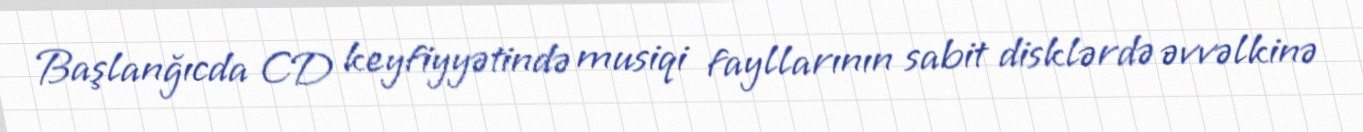
Başlanğıcda CD keyfiyyətində musiqi fayllarının sabit disklərdə əvvəlkinə